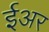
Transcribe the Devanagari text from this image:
ईअर